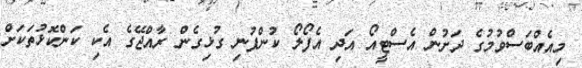
މިއެއްބަސްވުމުގެ ދަށުން އެސްޓީއޯ އަދި އެފޯލޯ ކުންފުނި ގުޅިގެން ރާއްޖޭގެ އެކި ކަންކޮޅުތަކަށް